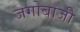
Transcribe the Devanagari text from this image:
जगोबाजी